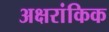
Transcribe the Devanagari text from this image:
अक्षरांकिक